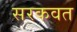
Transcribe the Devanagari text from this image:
सरकवत